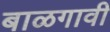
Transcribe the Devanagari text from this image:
बाळगावी